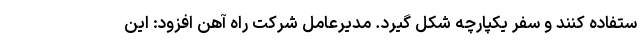
ستفاده کنند و سفر یکپارچه شکل گیرد. مدیرعامل شرکت راه آهن افزود: این